Vaccination Hyderabad 1872-1889 - 1872-1889
Year: 1872
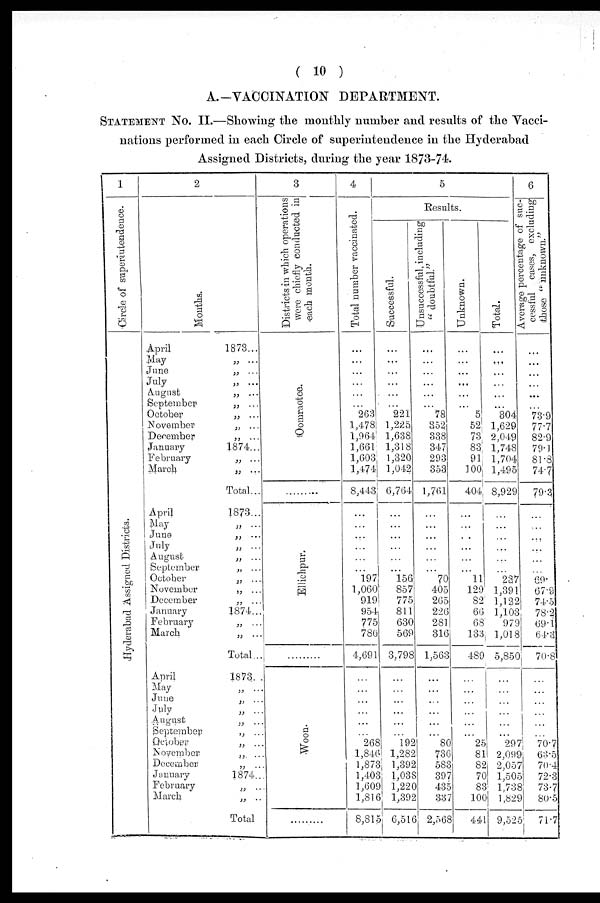
( 10 )
A.—VACCINATION DEPARTMENT.
STATEMENT No. II.—Showing the monthly number and results of the Vacci-
nations performed in each Circle of superintendence in the Hyderabad
Assigned Districts, during the year 1873-74.
1
Circle of superintendence.
Hyderabad Assigned Districts.
2
Months.
April
1873...
May
„ ...
June
„ ...
July
„ ...
August
„ ...
September
„ ...
October
„ ...
November
„ ...
December
„ ...
January
1874...
February
„ ...
March
„ ...
Total...
April
1873...
May
„ ...
June
„ ...
July
„ ...
August
„ ...
September
„ ...
October
„
...
November
„ ...
December
„ ...
January
1874...
February
„ ...
March
„ ...
Total...
April
1873...
May
„ ...
June
„
...
July
„ ...
August
„ ...
September
„ ...
October
„ ...
November
„
...
December
„
...
January
1874...
February
„ ...
March
„ ...
Total
3
Districts in which operations
were chiefly conducted in
each month.
Oomraotee.
.........
Ellichpur.
.........
Woon.
.........
4
Total number vaccinated.
...
...
...
...
...
...
263
1,478
1,964
1,661
1,603
1,474
8,443
...
...
...
...
...
...
197
1,060
919
954
775
786
4,691
...
...
...
...
...
...
268
1,846
1,873
1,403
1,609
1,816
8,815
5
Results.
Successful.
...
...
...
...
...
...
221
1,225
1,638
1,318
1,320
1,042
6,764
...
...
...
...
...
...
156
857
775
811
630
569
3,798
...
...
...
...
...
...
192
1,282
1,392
1,038
1,220
1,392
6,516
Unsuccessful, including
"doubtful."
...
...
...
...
...
...
78
352
338
347
293
353
1,761
...
...
...
...
...
...
70
405
265
226
281
316
1,563
...
...
...
...
...
...
80
736
583
397
435
337
2,568
Unknown.
...
...
...
...
...
...
5
52
73
83
91
100
404
...
...
...
...
...
...
11
129
82
66
68
133
489
...
...
...
...
...
...
25
81
82
70
83
100
441
Total.
...
...
...
...
...
...
304
1,629
2,049
1,748
1,704
1,495
8,929
...
...
...
...
...
...
237
1,391
1,122
1,103
979
1,018
5,850
...
...
...
...
...
...
297
2,099
2,057
1,505
1,738
1,829
9,525
6
Average percentage of suc-
cessful cases, excluding
those "unknown."
...
...
...
...
...
...
73.9
77.7
82.9
79.1
81.8
74.7
79.3
...
...
...
...
...
...
69.
67.9
74.5
78.2
69.1
64.3
70.8
...
...
...
...
...
...
70.7
63.5
70.4
72.3
73.7
80.5
71.7